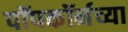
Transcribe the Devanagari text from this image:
पॉपकॉर्नच्या